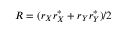
R = ( r _ { X } r _ { X } ^ { * } + r _ { Y } r _ { Y } ^ { * } ) / 2